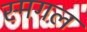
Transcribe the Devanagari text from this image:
स्मगल